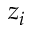
z _ { i }